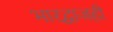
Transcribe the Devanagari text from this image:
भारद्वाजही